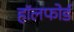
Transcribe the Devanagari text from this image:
हॉलफोर्ड